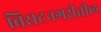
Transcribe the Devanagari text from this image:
विराटनगरीतील